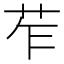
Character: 苲